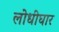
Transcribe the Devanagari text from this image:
लोधीघार